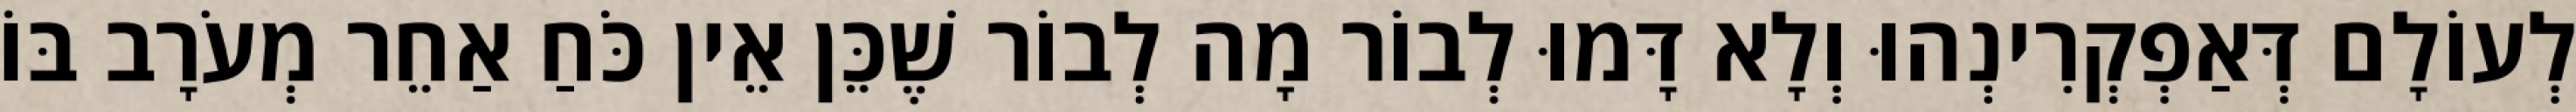
לְעוֹלָם דְּאַפְקְרִינְהוּ וְלָא דָּמוּ לְבוֹר מָה לְבוֹר שֶׁכֵּן אֵין כֹּחַ אַחֵר מְעֹרָב בּוֹ